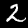
Digit: 2